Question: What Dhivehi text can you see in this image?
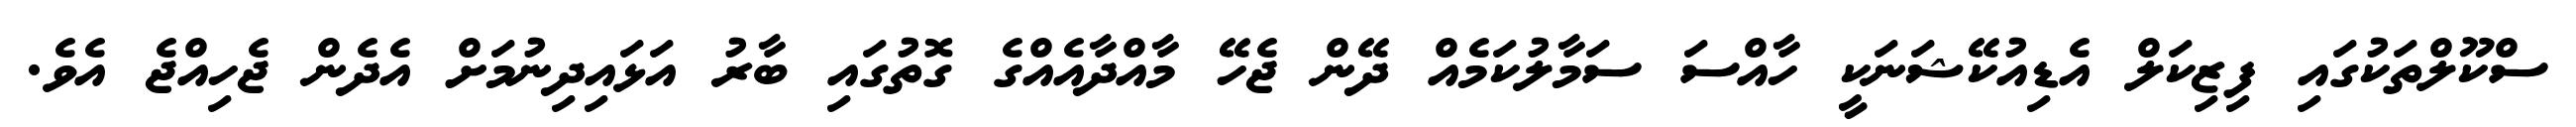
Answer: ސްކޫލްތަކުގައި ފިޒިކަލް އެޑިއުކޭޝަނަކީ ހާއްސަ ސަމާލުކަމެއް ދޭން ޖެހޭ މާއްދާއެއްގެ ގޮތުގައި ބާރު އަޅައިދިނުމަށް އެދެން ޖެހިއްޖެ އެވެ.